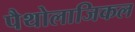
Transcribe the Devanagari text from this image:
पैथोलाजिकल